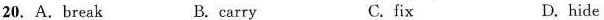
20. A.break B. carry C. fix D. hide